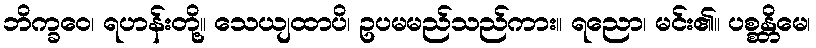
ဘိက္ခဝေ၊ ရဟန်းတို့။ သေယျထာပိ၊ ဥပမမည်သည်ကား။ ရညော၊ မင်း၏။ ပစ္စန္တိမေ၊